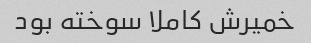
خمیرش کاملا سوخته بود